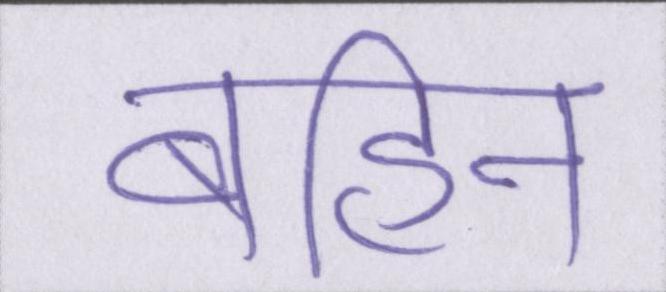
बहिन